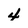
Character: 4